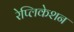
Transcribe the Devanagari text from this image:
रेप्लिकेशन